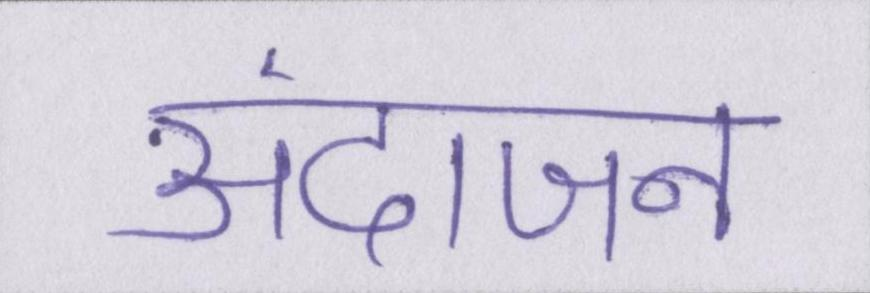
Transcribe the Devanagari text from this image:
अंदाजन